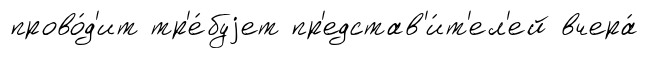
прово́д'ит тр'е́буjет пр'едстав'и́т'ел'ей вчера́